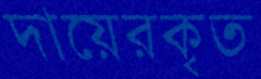
দায়েরকৃত